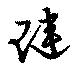
璉